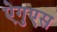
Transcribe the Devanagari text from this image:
ऐगुएस